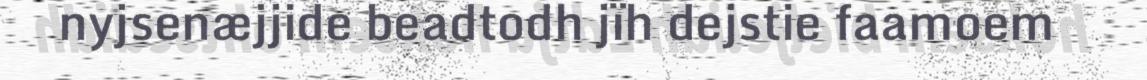
nyjsenæjjide beadtodh jïh dejstie faamoem